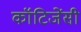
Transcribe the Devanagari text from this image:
कॉटिजेंसी